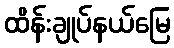
ထိန်းချုပ်နယ်မြေ